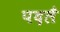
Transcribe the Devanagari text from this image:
पदलै